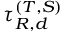
\tau _ { R , d } ^ { ( T , S ) }